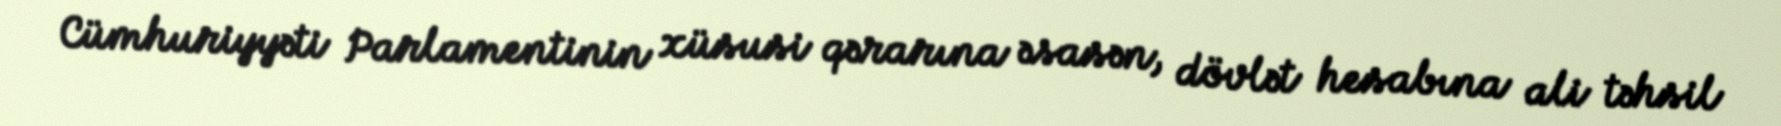
Cümhuriyyəti Parlamentinin xüsusi qərarına əsasən, dövlət hesabına ali təhsil